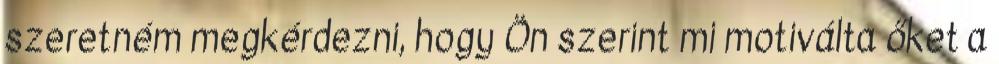
szeretném megkérdezni, hogy Ön szerint mi motiválta őket a